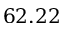
6 2 . 2 2